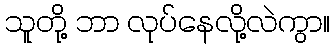
သူတို့ ဘာ လုပ်နေလို့လဲကွာ။